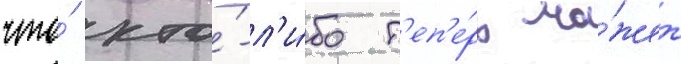
что́ кто́-л'и́бо т'еп'е́рь мо́жет